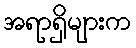
အရာရှိများက